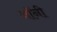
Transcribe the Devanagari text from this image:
नॉनी